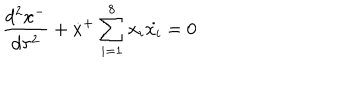
\frac { d ^ { 2 } x ^ { - } } { d \tau ^ { 2 } } + \dot { x } ^ { + } \sum _ { i = 1 } ^ { 8 } x _ { i } \dot { x _ { i } } = 0